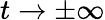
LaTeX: t\rightarrow\pm\infty